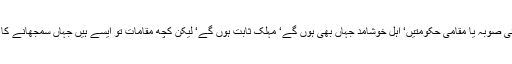
مرکز ہے یا کوئی صوبہ یا مقامی حکومتیں‘ اہلِ خوشامد جہاں بھی ہوں گے‘ مہلک ثابت ہوں گے‘ لیکن کچھ مقامات تو ایسے ہیں جہاں سمجھانے کا کوئی فائدہ نہیں۔